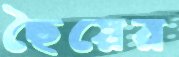
ছৈয়ের